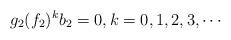
LaTeX: \begin{align*}g_2(f_2)^kb_2=0,k=0,1,2,3,\cdots\end{align*}